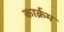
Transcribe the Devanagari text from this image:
कार्क्रम